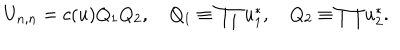
LaTeX: U _ { n , n } = c ( u ) Q _ { 1 } Q _ { 2 } , \quad Q _ { 1 } \equiv \prod u _ { 1 } ^ { * } , \quad Q _ { 2 } \equiv \prod u _ { 2 } ^ { * } .